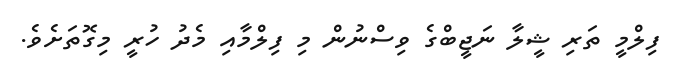
ފިލްމީ ތަރި ޝީލާ ނަޖީބްގެ ވިސްނުން މި ފިލްމާއި މެދު ހުރީ މިގޮތަށެވެ.